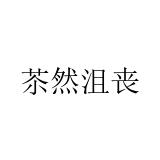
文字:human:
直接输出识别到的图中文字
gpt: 苶然沮丧